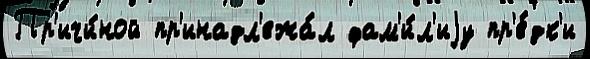
Пр'ичи́ной пр'инадл'ежа́л фам'и́л'иjу пр'е́дк'и